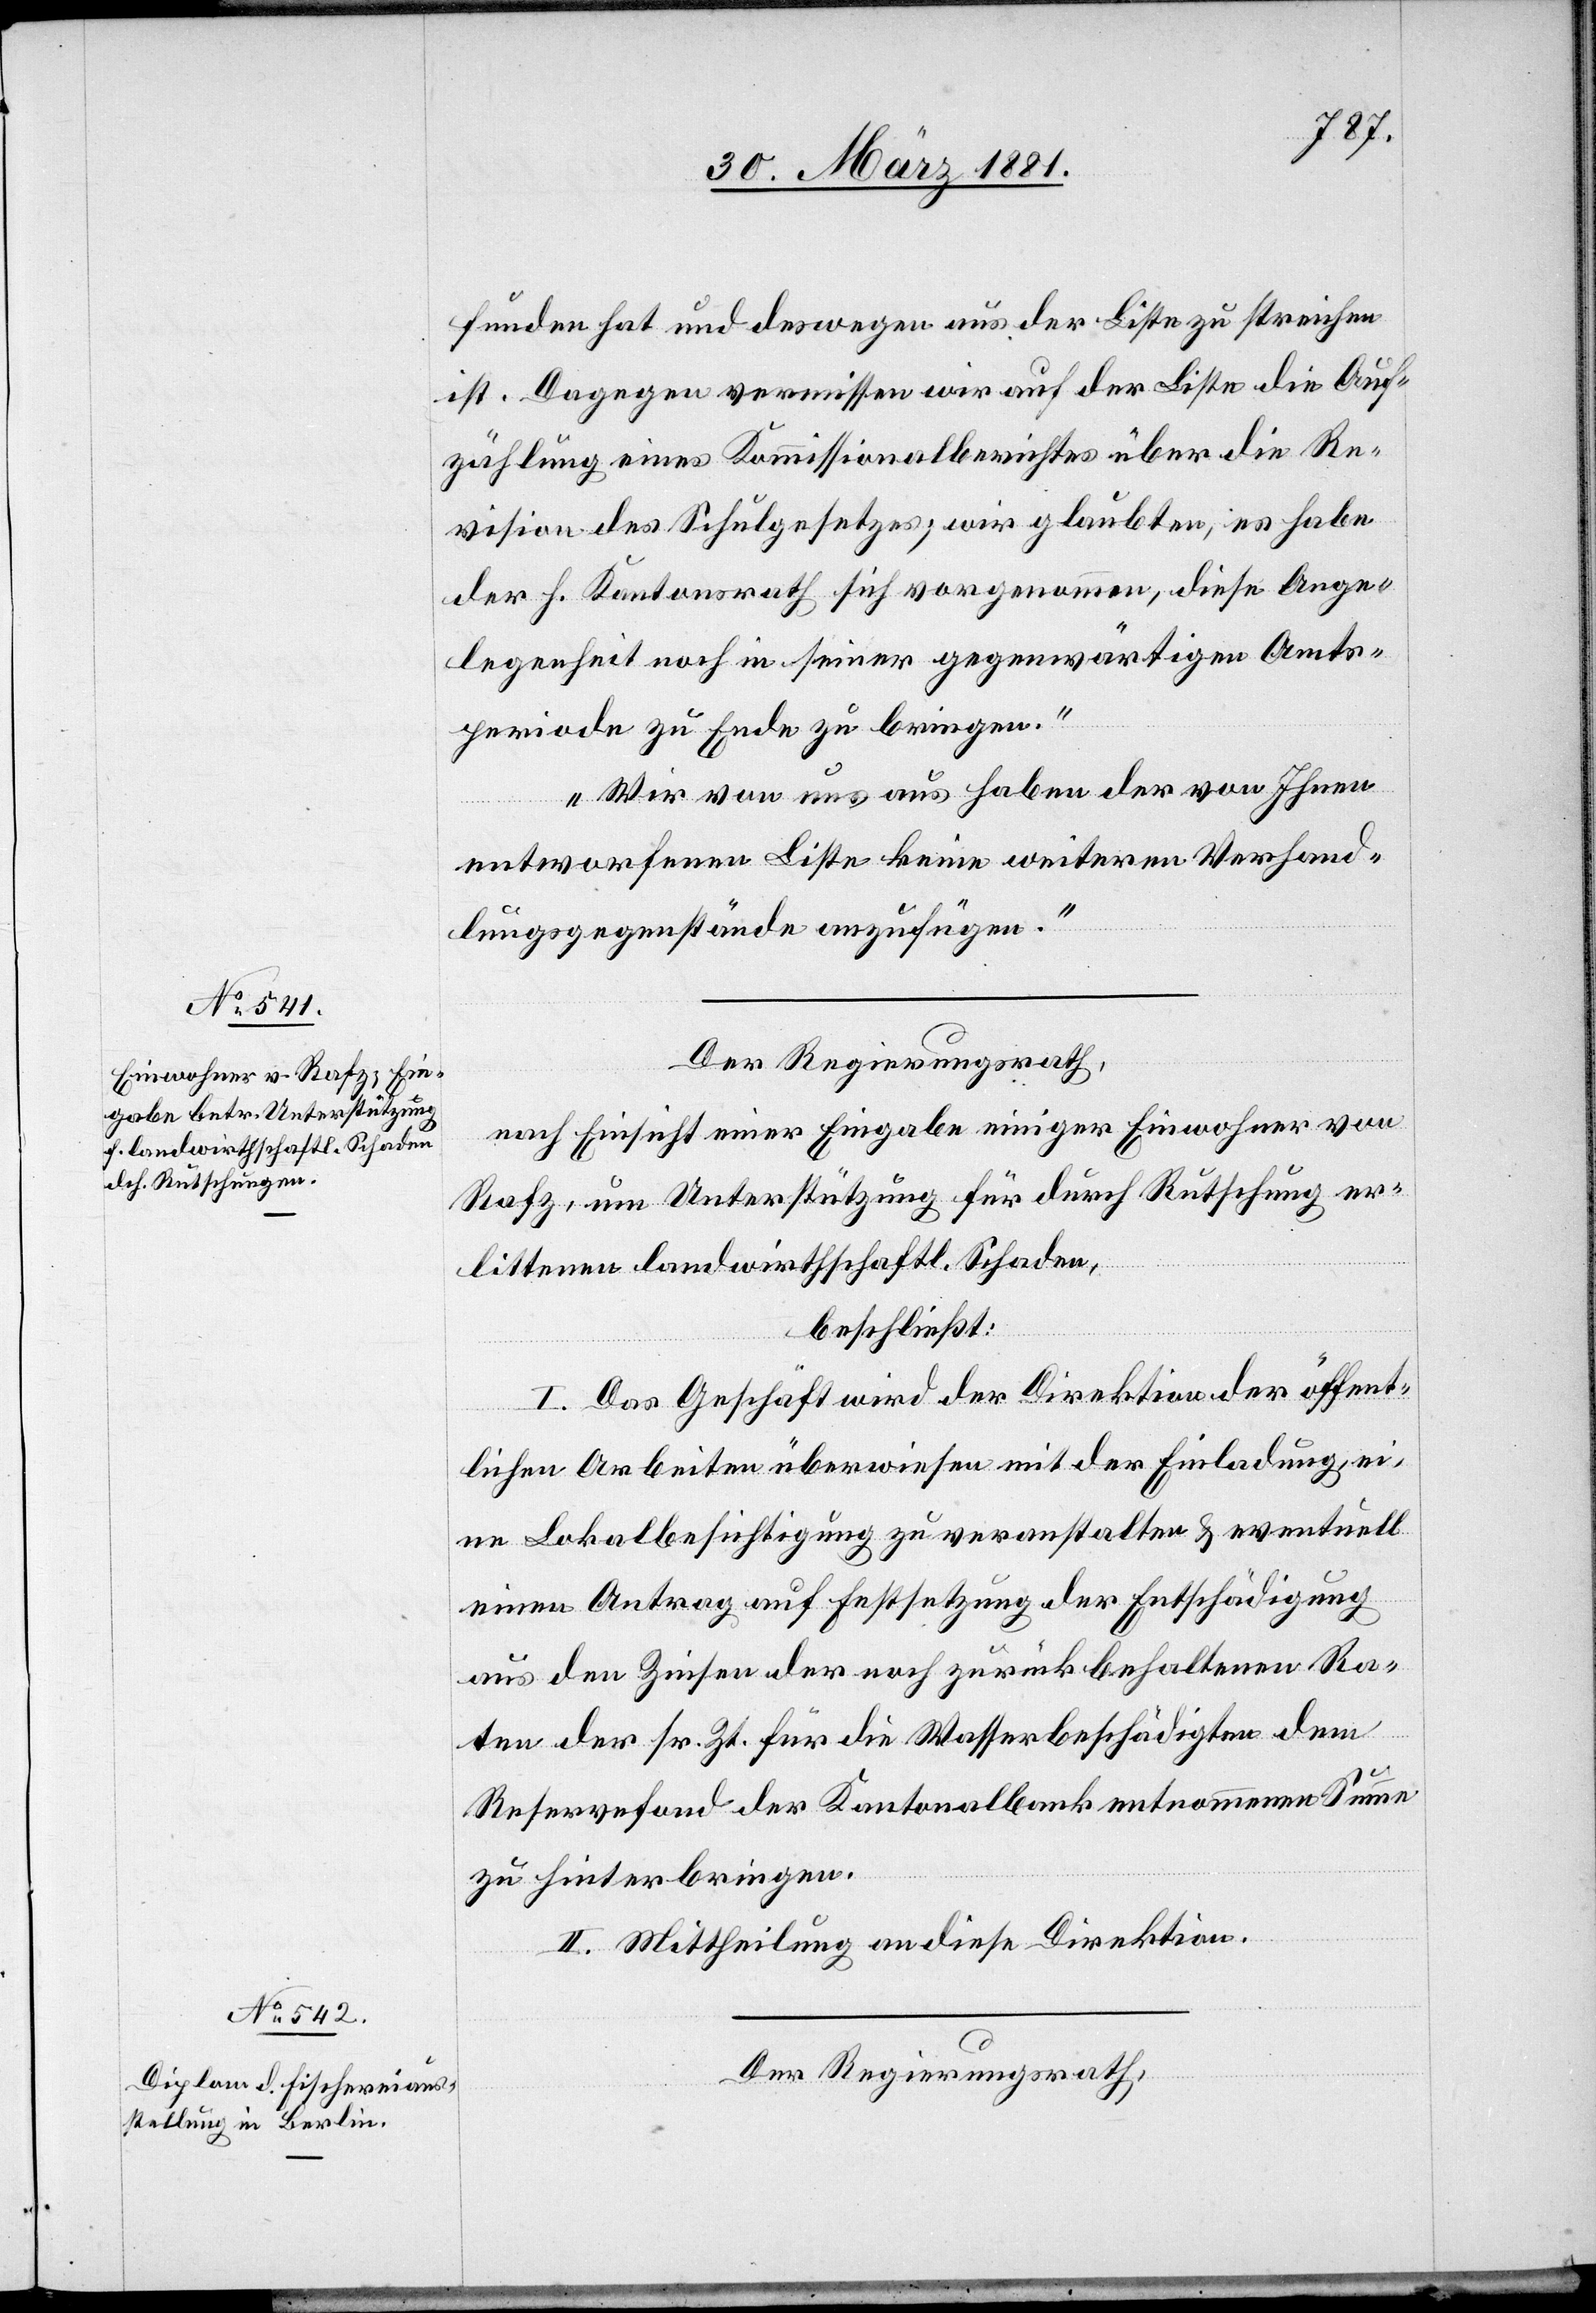
funden hat und deswegen aus der Liste zu streichen
ist. Dagegen vermissen wir auf der Liste die Auf¬
zählung eines Kommissionalberichtes über die Re¬
vision des Schulgesetzes, wir glaubten, es habe
der h. Kantonsrath sich vorgenommen, diese Ange¬
legenheit noch in seiner gegenwärtigen Amts¬
periode zu Ende zu bringen.
Wir von uns aus haben der von Ihnen
entworfenen Liste keine weitern Verhand¬
lungsgegenstände anzufügen.“
Der Regierungsrath,
nach Einsicht einer Eingabe einiger Einwohner von
Rafz, um Unterstützung für durch Rutschung er¬
littenen landwirthschaftl. Schaden,
beschließt:
I. Das Geschäft wird der Direktion der öffent¬
lichen Arbeiten überwiesen mit der Einladung, ei¬
ne Lokalbesichtigung zu veranstalten & eventuell
einen Antrag auf Festsetzung der Entschädigung
aus den Zinsen der noch zurück behaltenen Ra¬
ten der sr. Zt. für die Wasserbeschädigten dem
Reservefond der Kantonalbank entnommenen Summe
zu hinterbringen.
II. Mittheilung an diese Direktion.
Der Regierungsrath,